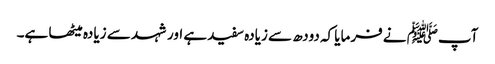
آپﷺ نے فرمایا کہ دودھ سے زیادہ سفید ہے اور شہد سے زیادہ میٹھا ہے۔